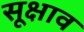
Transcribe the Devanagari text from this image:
सूक्षाव